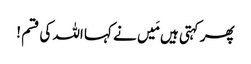
پھر کہتی ہیں مَیں نے کہا اللہ کی قسم !